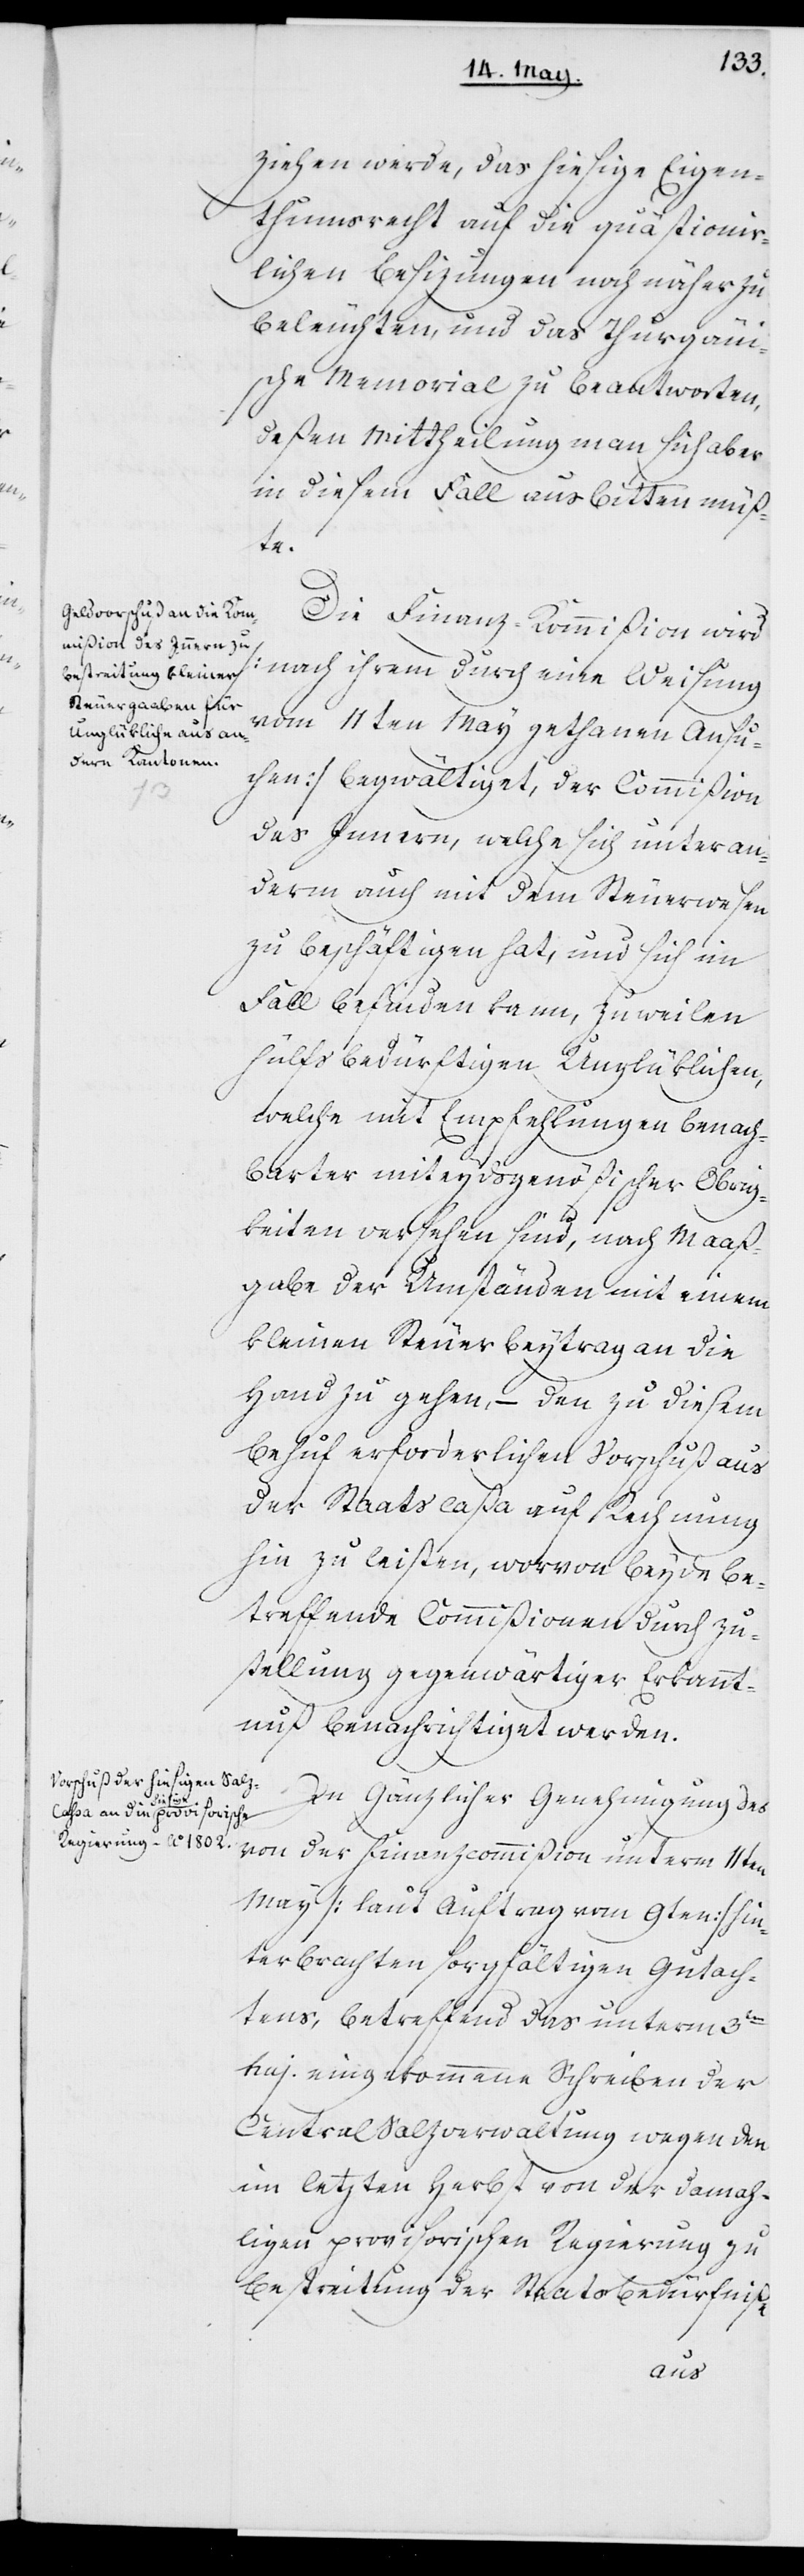
ziehen werde, das hiesige Eigen¬
thumsrecht auf die quästionier¬
lichen Besizungen noch näher zu
beleuchten und das Thurgaui¬
sche Memorial zu beantworten,
deßen Mittheilung man sich aber
in diesem Fall ausbitten müß¬
te.
Die Finanz-Kommißion wird
(nach ihrem durch eine Weisung
vom 11ten May gethanen Ansu¬
chen) begwältiget, der Commißion
des Innern, welche sich unter an¬
derem auch mit dem Steuerwesen
zu beschäftigen hat und sich im
Fall befinden kann, zuweilen
hülfsbedürftigen Unglüklichen,
welche mit Empfehlungen benach¬
barter miteydsgenößischer Obrig¬
keiten versehen sind, nach Maß¬
gabe der Umständen mit einem
kleinen Steuerbeytrag an die
Hand zu gehen, – den zu diesem
Behuf erforderlichen Vorschuß aus
der Staatscaßa auf Rechnung
hin zu leisten, wovon beyde be¬
treffende Commißionen durch Zu¬
stellung gegenwärtiger Erkannt¬
nuß benachrichtiget werden.
In gänzlicher Genehmigung des
von der Finanzkommißion unterm 11ten
May (laut Auftrag vom 9ten) hin¬
terbrachten sorgfältigen Gutach¬
tens, betreffend das unterm 3ten
huj. eingekommene Schreiben der
Central Salzverwaltung wegen den
im letzten Herbst von der damah¬
ligen provisorischen Regierung zu
Bestreitung der Staatsbedürfniße